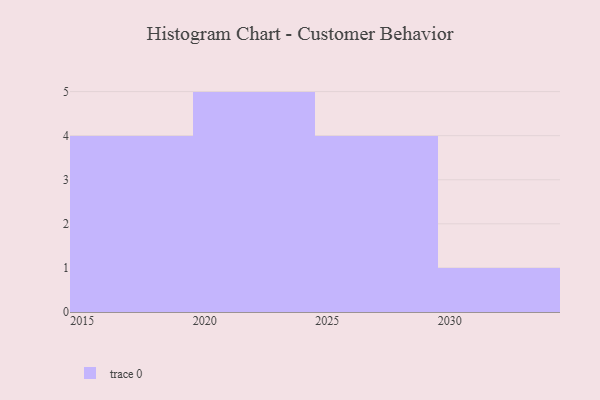
{"axis": {"x": "Year", "y": "LTV (USD)"}, "legend": [""], "data": [{"x": "2028", "y": 53, "type": ""}, {"x": "2024", "y": 89, "type": ""}, {"x": "2016", "y": 23, "type": ""}, {"x": "2025", "y": 58, "type": ""}, {"x": "2023", "y": 53, "type": ""}, {"x": "2022", "y": 29, "type": ""}, {"x": "2018", "y": 10, "type": ""}, {"x": "2015", "y": 73, "type": ""}, {"x": "2029", "y": 9, "type": ""}, {"x": "2030", "y": 24, "type": ""}, {"x": "2020", "y": 89, "type": ""}, {"x": "2027", "y": 78, "type": ""}, {"x": "2021", "y": 5, "type": ""}, {"x": "2019", "y": 92, "type": ""}]}